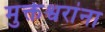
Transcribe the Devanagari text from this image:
मुक्तेश्वरांना